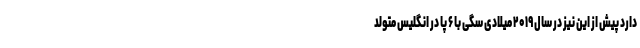
دارد پیش از این نیز در سال ۲۰۱۹ میلادی سگی با ۶ پا در انگلیس متولد